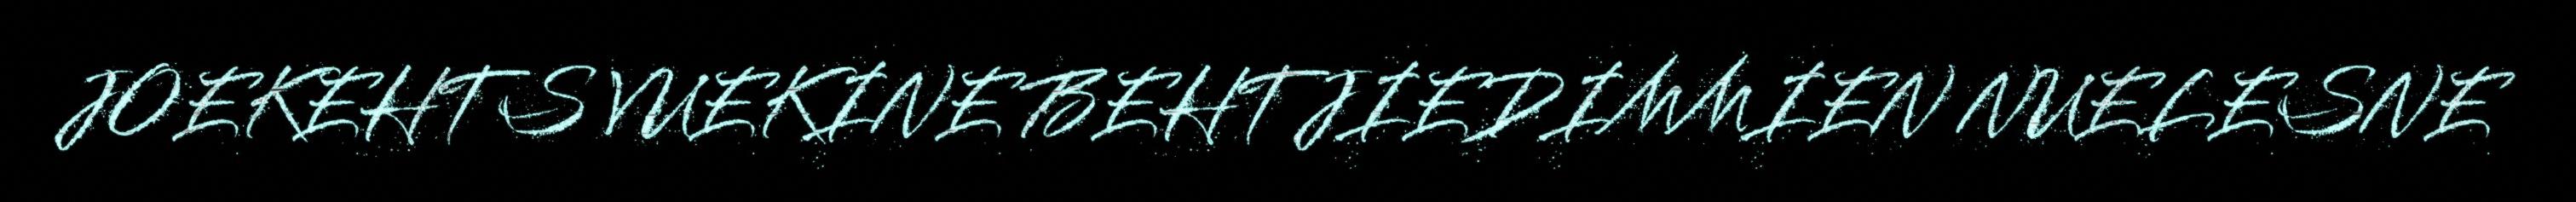
JOEKEHTS VUEKINE BEHTJIEDIMMIEN NUELESNE